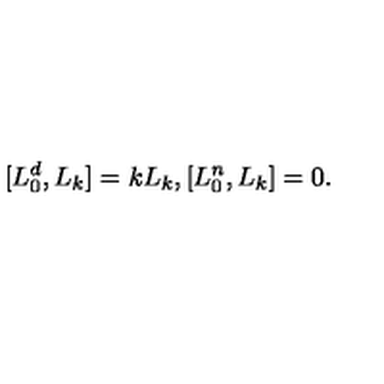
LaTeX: [ L _ { 0 } ^ { d } , L _ { k } ] = k L _ { k } , [ L _ { 0 } ^ { n } , L _ { k } ] = 0 .